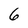
Character: 6